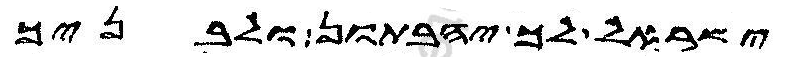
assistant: ישראל לך יהבתון ולבניך